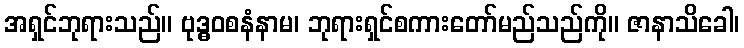
အရှင်ဘုရားသည်။ ဗုဒ္ဓဝစနံနာမ၊ ဘုရားရှင်စကားတော်မည်သည်ကို။ ဇာနာသိခေါ၊